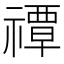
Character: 禫